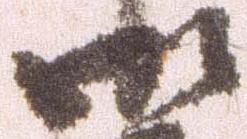
御